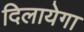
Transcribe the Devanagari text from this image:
दिलायेगा